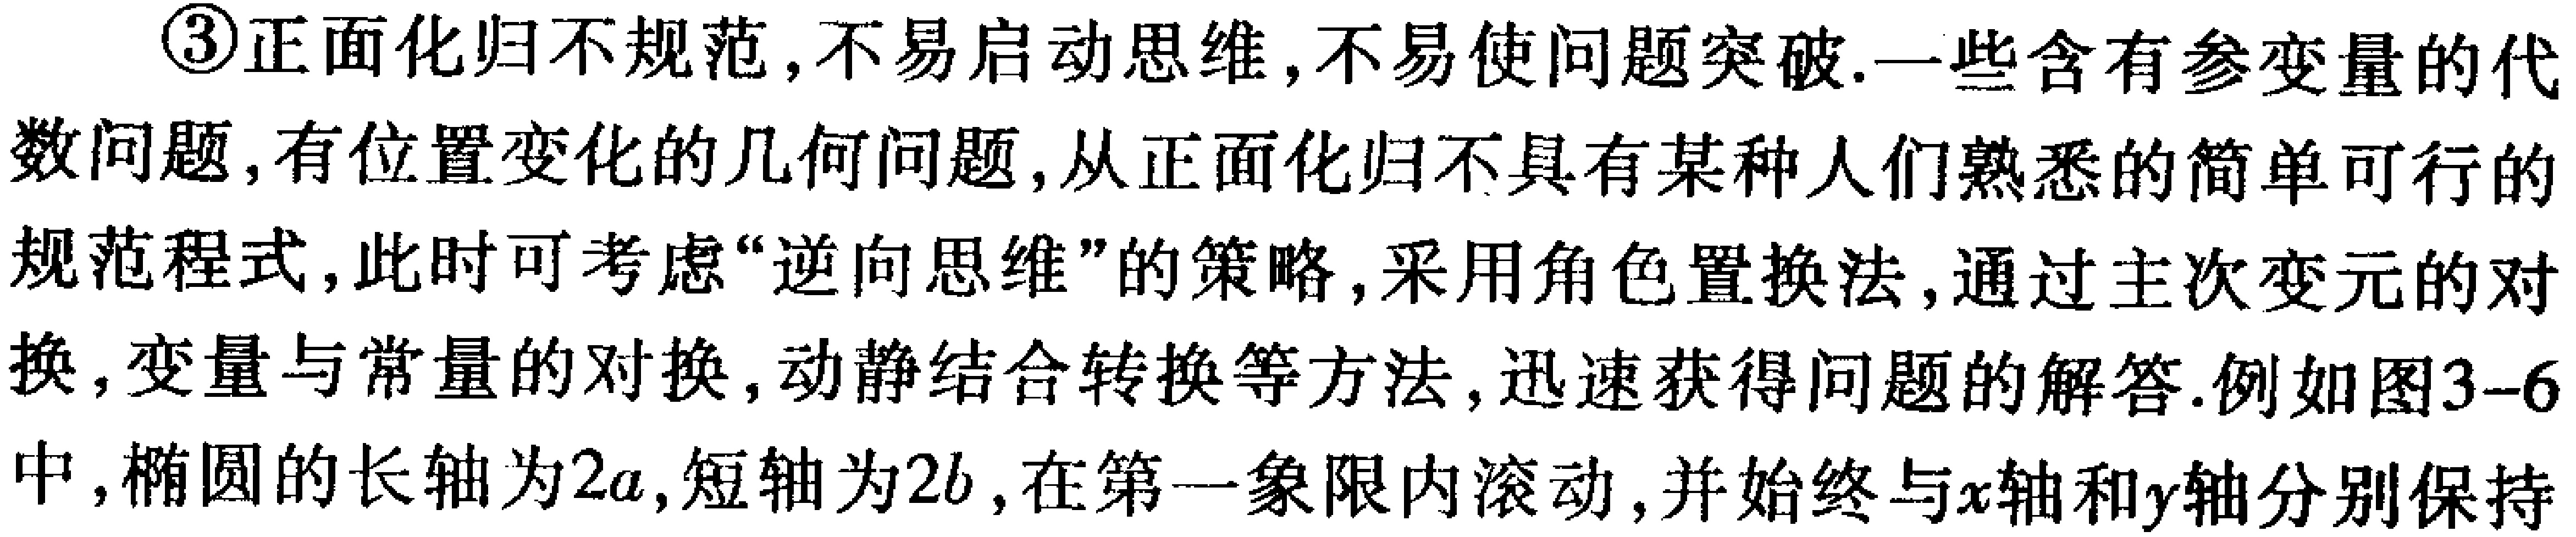
\textcircled{3}正面化归不规范,不易启动思维,不易使问题突破.一些含有参变量的代数问题,有位置变化的几何问题,从正面化归不具有某种人们熟悉的简单可行的规范程式,此时可考虑“逆向思维”的策略,采用角色置换法,通过主次变元的对换,变量与常量的对换,动静结合转换等方法,迅速获得问题的解答.例如图3--6中,椭圆的长轴为\(2a\),短轴为\(2b\),在第一象限内滚动,并始终与\(x\)轴和\(y\)轴分别保持